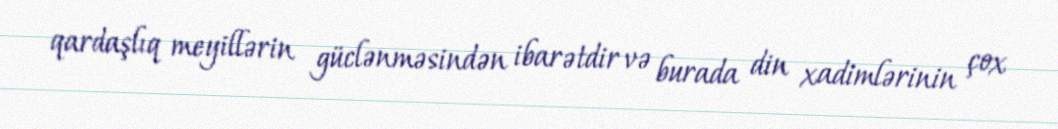
qardaşlıq meyillərin güclənməsindən ibarətdir və burada din xadimlərinin çox